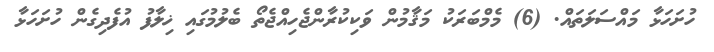
ހުށަހަޅާ މައްސަލަތައް. (6) މެމްބަރަކު މަޤާމުން ވަކިކުރާންޖެހިއްޖެތޯ ބެލުމުގައި ޚިލާފު އުފެދިގެން ހުށަހަޅާ